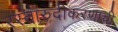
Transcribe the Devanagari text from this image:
रस्तारुंदीकरणाची